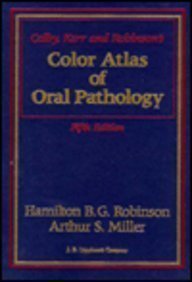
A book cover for Colby, Kerr, and Robinson's Color Atlas of Oral Pathology; Hamilton B. G. Robinson; Medical Books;